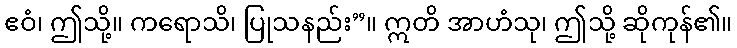
ဧဝံ၊ ဤသို့။ ကရောသိ၊ ပြုသနည်း”။ ဣတိ အာဟံသု၊ ဤသို့ ဆိုကုန်၏။